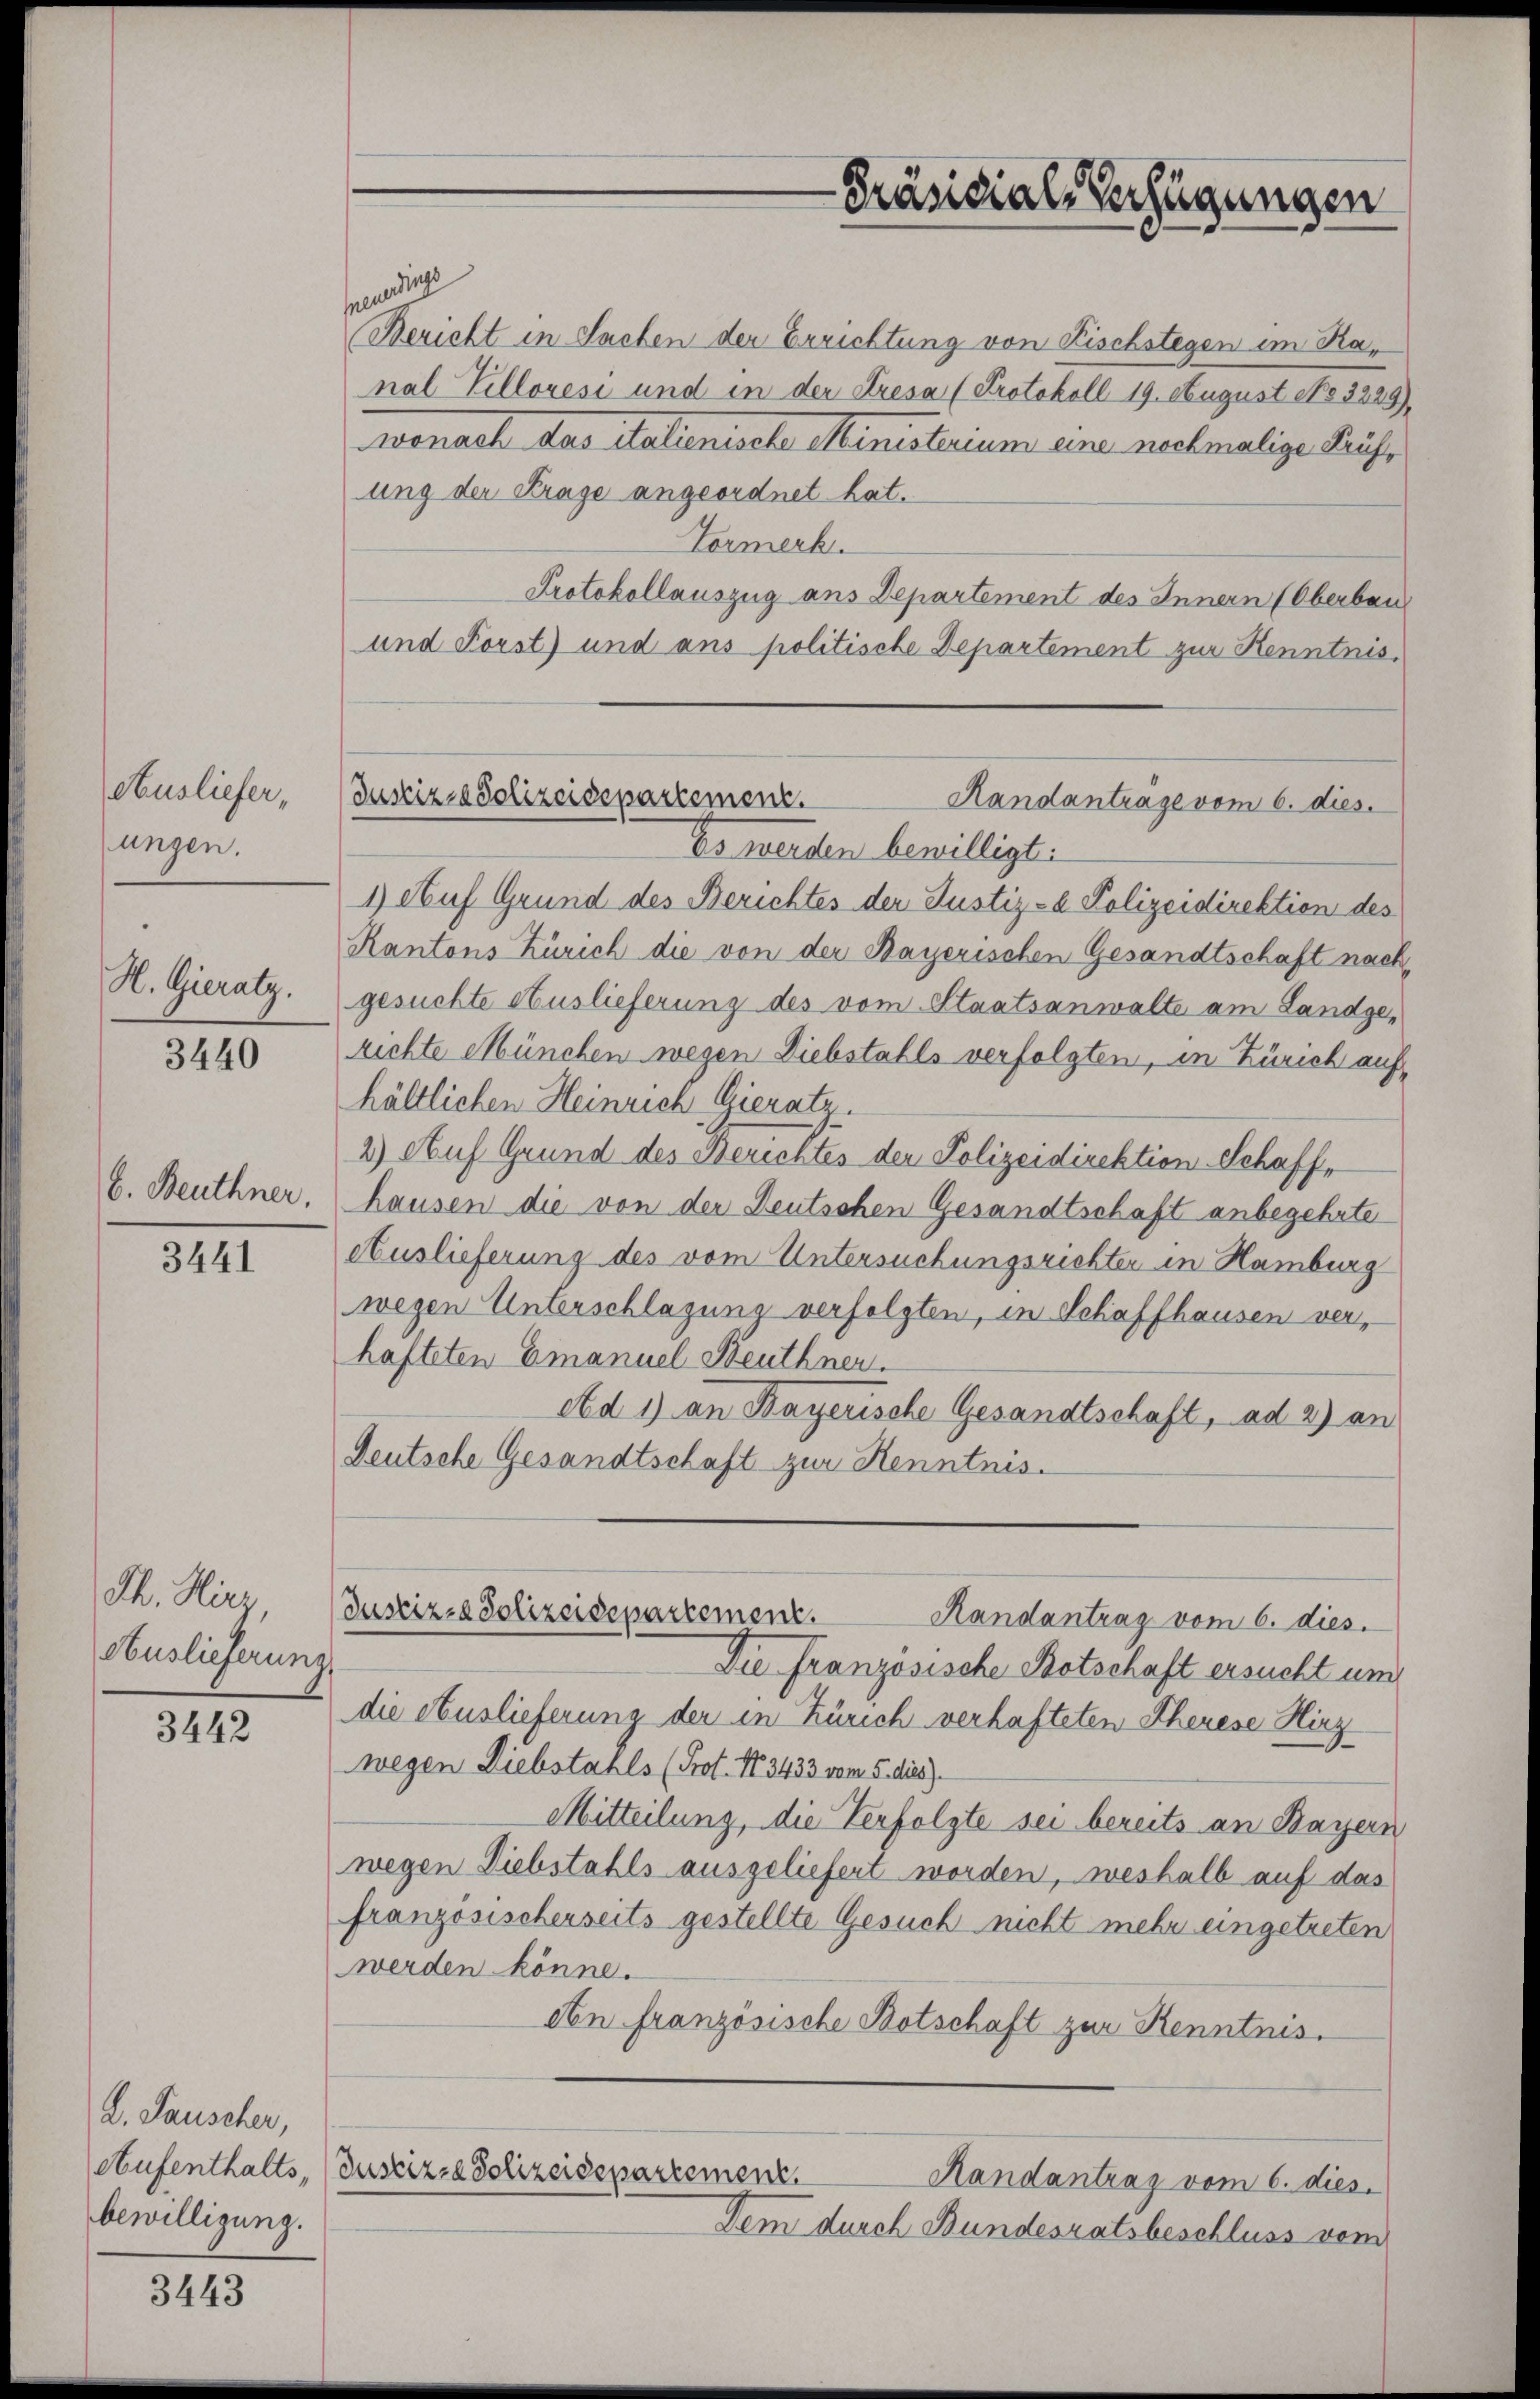
Ausliefer,
Lungen.

H. Gieratz.

3440

E. Beuthner,

3441

Th. Hirz,
Auslieferun

3442

L. Tauscher,
bewilligung.

3443

Justizza Solizeidepartement.
Sandantrage vom 6. dies

seendig
Bericht in Sachen der Errichtung von Fischstegen im Kanal Pilloresi und in der Kresa (Protokoll 19. August No 3225).
wonach das italienische Ministerium eine nochmalige Kaufung der Krage angeordnet hat.
Tormerk.
Protokollauszug aus Departement des Innern (Oberbau
und Forst) und ans politische Departement zur Kenntnis,
Es werden bewilligt:
1) Auf Grund des Berichtes der Justiz- & Polizeidirektion des
Kantons Zürich die von der Bayerischen Gesandtschaft nachgesuchte Auslieferung des vom Staatsanwalte am Landgerichte München wegen Diebstahls verfolgten, in Zürich auf
hältlichen Heinrich Gieratz.
2) Auf Grund des Berichtes der Polizeidirektion Schaffhausen die von der Reutschen Gesandtschaft anbegehrte
Auslieferung des vom Untersuchungsrichter in Hamburg
wegen Unterschlagung verfolgten, in Schaffhausen verhafteten Emanuel Beuthner.
Ad 1) an Bayerische Gesandtschaft, ad 2) an
Deutsche Gesandtschaft zur Kenntnis.
Justiz-Polizeidepartement.
Randantrag vom 6. dies.
Die Französische Botschaft ersucht um
die Auslieferung der in Zürich verhafteten Therese Hirz
wegen Diebstahls (Prot. No. 3433 vom 5. dies
Mitteilung, die Verfolgte sei bereits an Bayern
wegen Diebstahls ausgeliefert worden, weshalb auf das
französischerseits gestellte Gesuch nicht mehr eingetreten
werden könne.
An französische Botschaft zur Kenntnis.
Aufenthalts, (Justiz- & Polizeidepartement
Handantrag vom 6. dies
Dem durch Bundesratsbeschluss vom

-Präsidial-Verfügungen